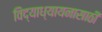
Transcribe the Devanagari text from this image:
विद्याध्यायनासाठी